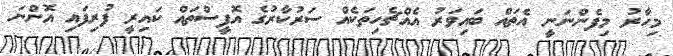
މިހާރު މިފެންނަނީ އެތައް ބައިވަރު އެއްޗެހިތަކެއް ސަރުކާރުގެ އޮފީސްތައް ކައިރީ ފުރިފައި އޮންނަ